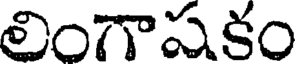
లింగాషకం